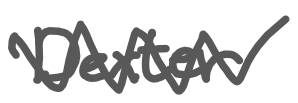
Text: Dexter
Cross-out: zig-zag
Writing tool: digital_gray